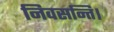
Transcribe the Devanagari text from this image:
निवसन्ति।